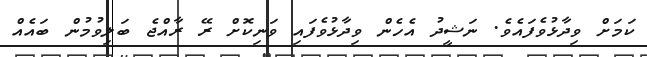
ކަމަށް ވިދާޅުވެފައެވެ. ނަޝީދު އެހެން ވިދާޅުވެފައި ވަނިކޮށް ރޭ ރާއްޖެ ބަލިވުމުން ބައެއް